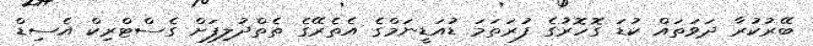
ބޭރުކުރާ ދަވަތައް ކުޑަ ގޮހޮރުގެ ފުރަތަމަ ޑުއަޑީނަމްގެ އެތެރޭގެ ތެތްދުލިފަށް ގެސްޓްރިކް އެސިޑް